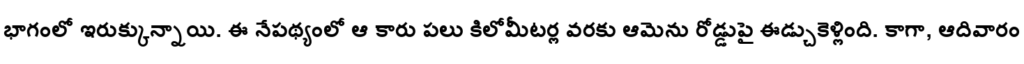
భాగంలో ఇరుక్కున్నాయి. ఈ నేపథ్యంలో ఆ కారు పలు కిలోమీటర్ల వరకు ఆమెను రోడ్డుపై ఈడ్చుకెళ్లింది. కాగా, ఆదివారం